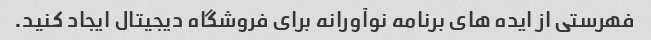
فهرستی از ایده های برنامه نوآورانه برای فروشگاه دیجیتال ایجاد کنید.